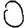
Digit: 0